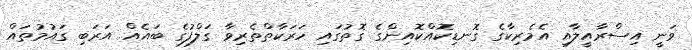
ވަނީ އިސްރާއީލާއި އެމެރިކާގެ ގޮނޑިކޮއްކޮއިންގެ ގޮތުގައި ހަރަކާތްތެރިވާ ގަލްފުގެ ބައެއް އަރަބި ގައުމުތައް